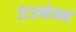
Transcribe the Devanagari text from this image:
उंटरनेमन